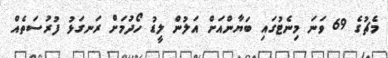
މެޗުގެ 69 ވަނަ މިނެޓުގައި ބަޔާންއަށް އަލުން ލީޑު ހޯދުމަށް ރަނގަޅު ފުރުސަތެއް